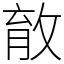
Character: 𰕎